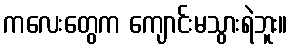
ကလေးတွေက ကျောင်းမသွားရဲဘူး။